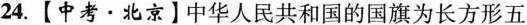
24.【中考·北京】中华人民共和国的国旗为长方形五